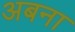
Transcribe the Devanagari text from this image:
अबना